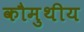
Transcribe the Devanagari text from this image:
कौमुथीय